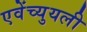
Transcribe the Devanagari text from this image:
एवेंच्युयली